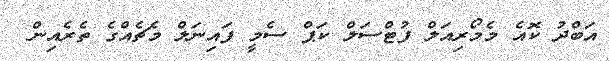
އަބްދު ކޮއެ މެމޯރިއަލް ފުޓްސަލް ކަޕް ސެމީ ފައިނަލް މެޗެއްގެ ތެރެއިން